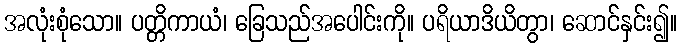
အလုံးစုံသော။ ပတ္တိကာယံ၊ ခြေသည်အပေါင်းကို။ ပရိယာဒိယိတွာ၊ ဆောင်နှင်း၍။